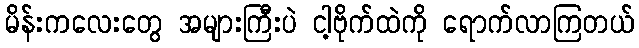
မိန်းကလေးတွေ အများကြီးပဲ ငါ့ဗိုက်ထဲကို ရောက်လာကြတယ်